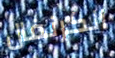
الكرنفال